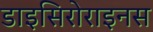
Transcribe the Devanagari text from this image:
डाइसिरोराइनस